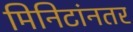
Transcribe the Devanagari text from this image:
मिनिटांनतर